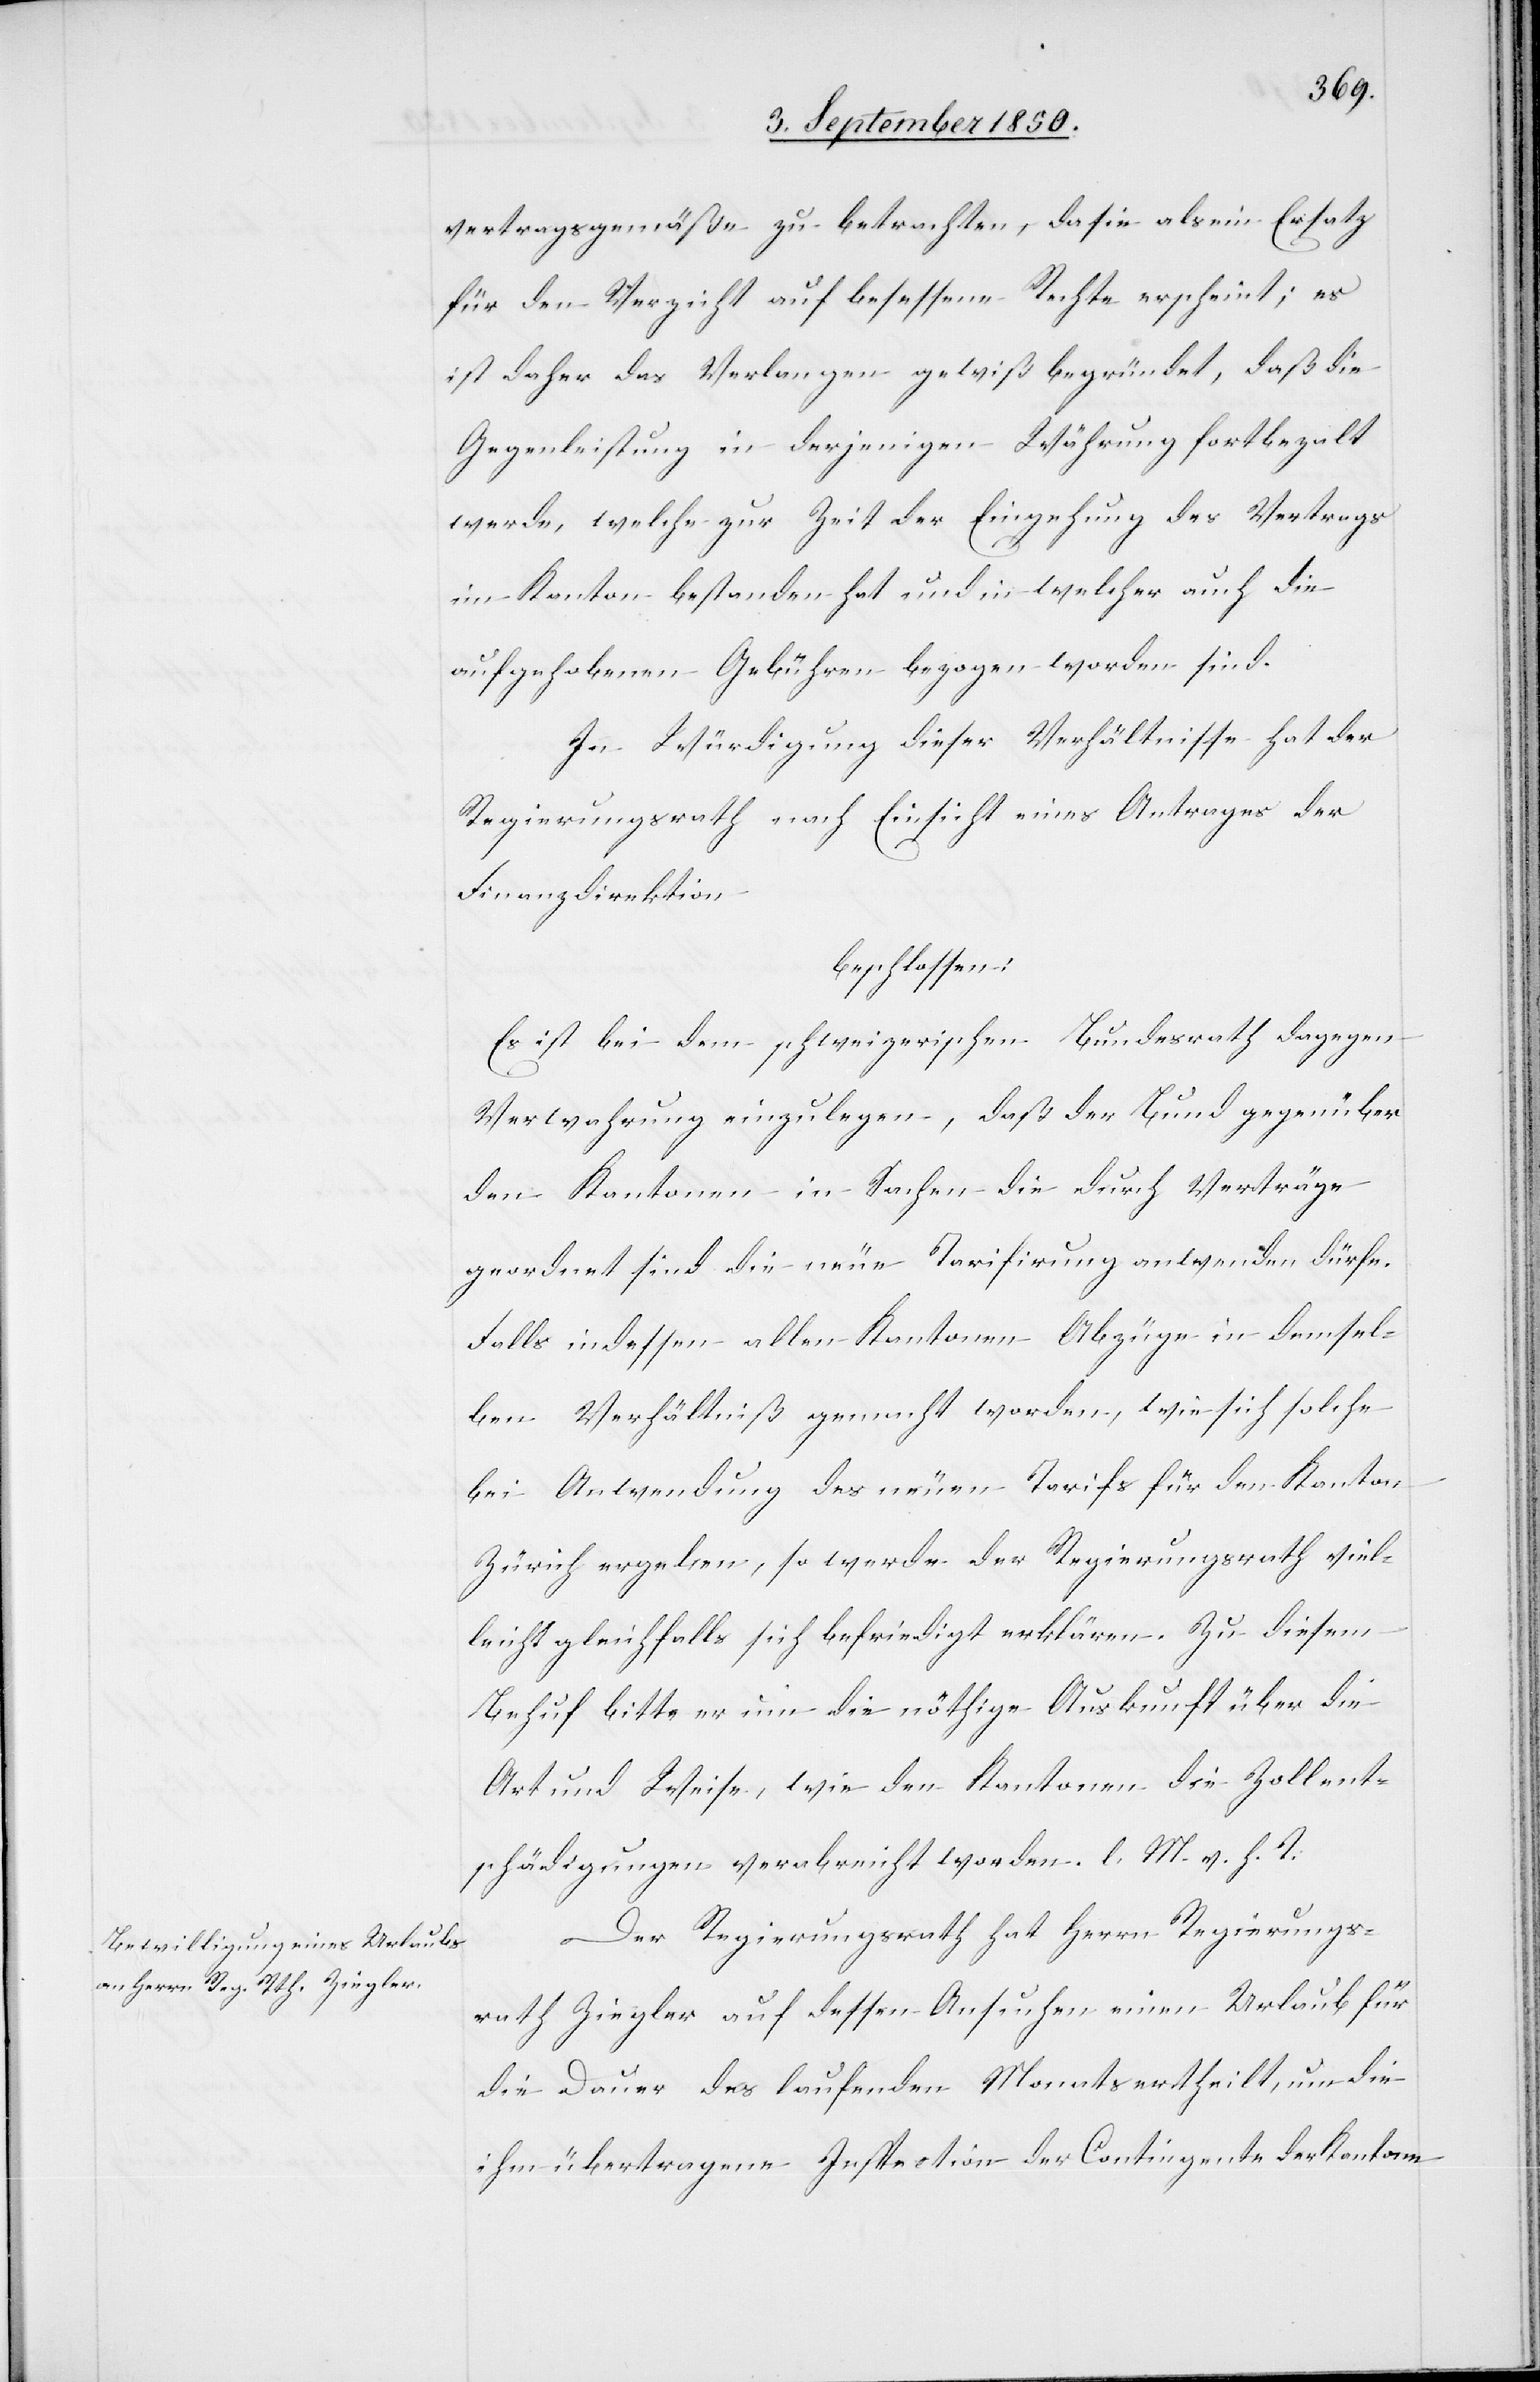
vertragsgemäße zu betrachten, da sie als ein Ersatz
für den Verzicht auf besessene Rechte erscheint; es
ist daher das Verlangen gewiß begründet, daß die
Gegenleistung in derjenigen Währung fortbezalt
werde, welche zur Zeit der Eingehung des Vertrags
im Kanton bestanden hat und in welcher auch die
aufgehobenen Gebühren bezogen worden sind.
In Würdigung dieser Verhältnisse hat der
Regierungsrath nach Einsicht eines Antrages der
Finanzdirektion
beschlossen:
Es ist bei dem schweizerischen Bundesrath dagegen
Verwahrung einzulegen, daß der Bund gegenüber
den Kantonen in Sachen die durch Verträge
geordnet sind die neue Tarifirung anwenden dürfe.
Falls indessen allen Kantonen Abzüge in demsel¬
ben Verhältniß gemacht worden, wie sich solche
bei Anwendung der neuen Tarifs für den Kanton
Zürich ergeben, so werde der Regierungsrath viel¬
leicht gleichfalls sich befriedigt erklären. Zu diesem
Behuf bitte er um die nöthige Auskunft über die
Art und Weise, wie den Kantonen die Zollent¬
schädigungen verabreicht worden. l. M. v. h. T
Der Regierungsrath hat Herrn Regierungs¬
rath Ziegler auf dessen Ansuchen einen Urlaub für
die Dauer des laufenden Monats ertheilt, um die
ihm übertragene Inspection der Contingente der Kantone